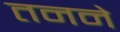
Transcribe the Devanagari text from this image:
तनने